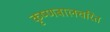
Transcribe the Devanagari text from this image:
कृष्णबालचरित